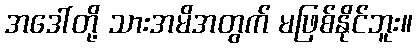
အဒေါ်တို့ သားအမိအတွက် မဖြစ်နိုင်ဘူး။